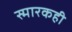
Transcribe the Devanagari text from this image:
स्मारकही